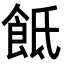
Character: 䬫